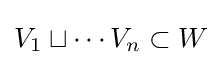
V_{1}\sqcup \cdots V_{n}\subset W